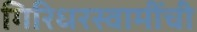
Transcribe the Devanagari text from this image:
गिरिधरस्वामींची